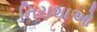
નિરાશાઓ